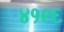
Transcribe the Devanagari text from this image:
४१९६